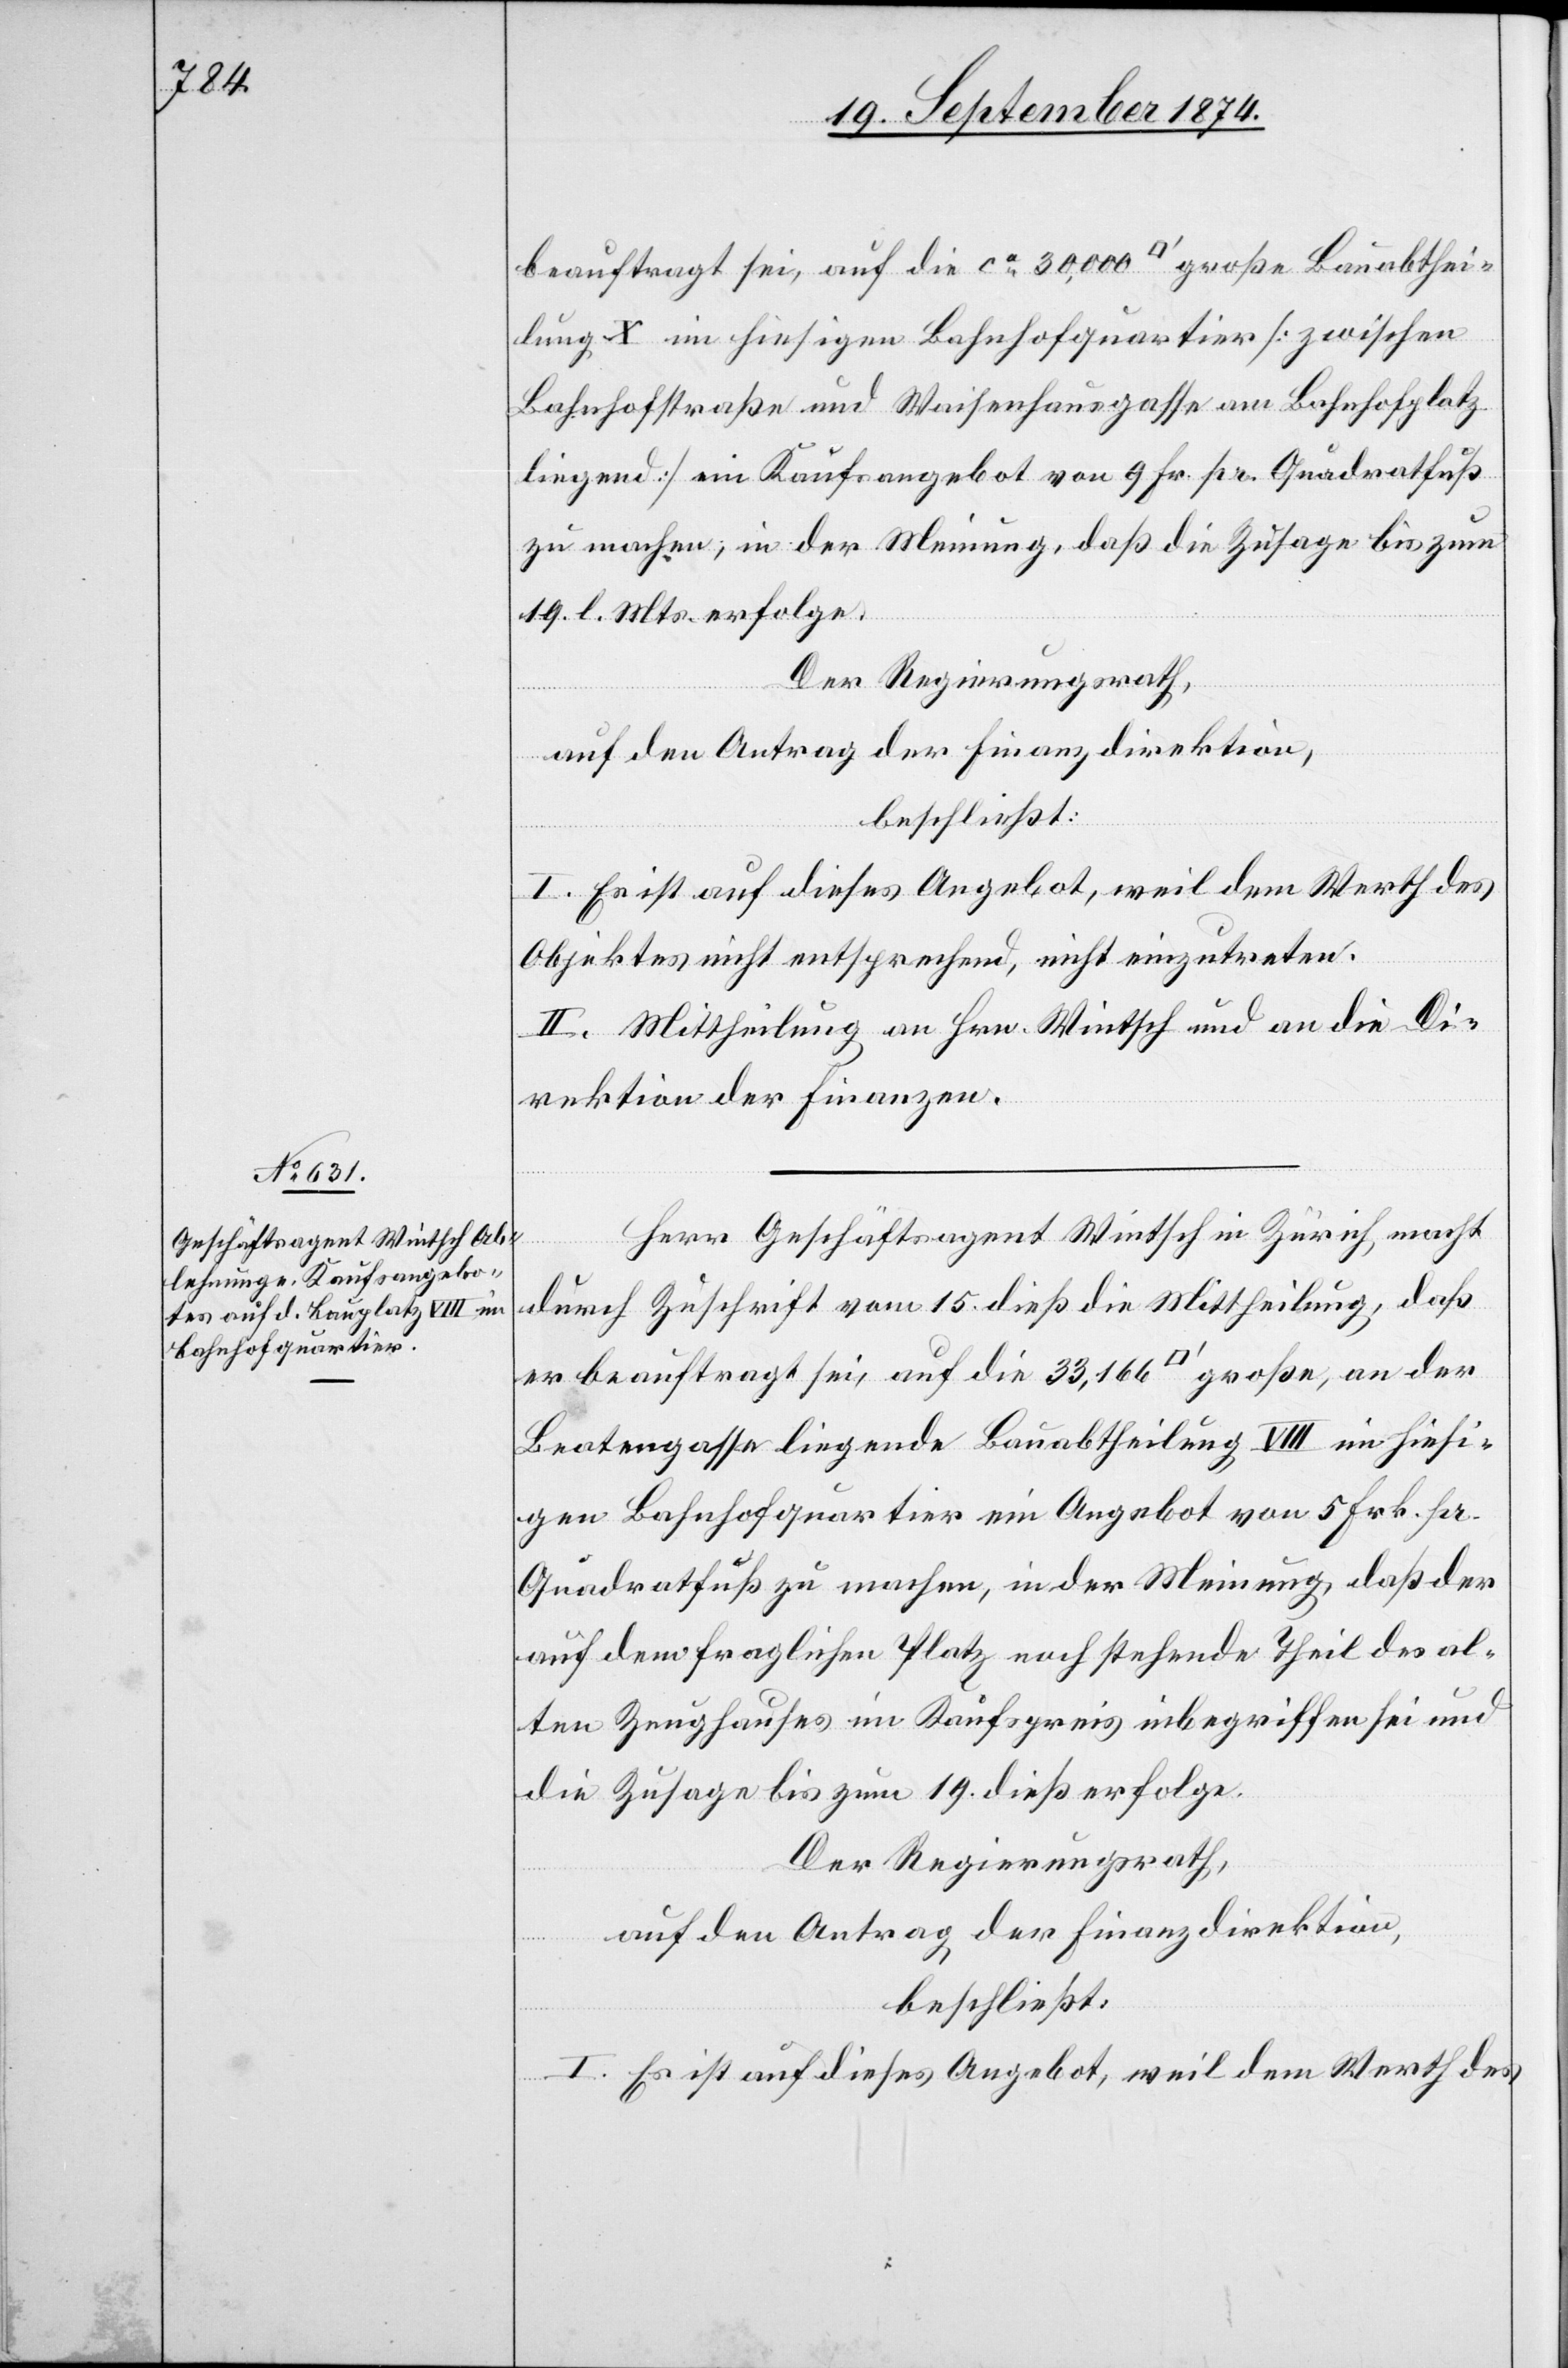
beauftragt sei, auf die ca 30,000 [Quadratfuß] große Bauabthei¬
lung X im hiesigen Bahnhofquartier [zwischen
Bahnhofstraße und Waichenhausgasse am Bahnhofplatz
liegend] ein Kaufsangebot von 9 Fr. pr. Quadratfuß
zu machen, in der Meinung, daß die Zusage bis zum
19. l. Js. erfolge.
Der Regierungsrath,
auf den Antrag der Finanzdirektion,
beschließt:
I. Ist auf dieses Angebot, weil dem Werth des
Objektes nicht entsprechend, nicht einzutreten.
II. Mittheilung an Hrn. Wintsch und an die Di¬
rektion der Finanzen.
Herr Geschäftsagent Wintsch in Zürich, macht
durch Zuschrift vom 15. dieß die Mittheilung, daß
er beauftragt sei, auf die 33,166 [Quadratfuß] große, an der
Beatengasse liegende Bauabtheilung VIII im hiesi¬
gen Bahnhofquartier ein Angebot von 5 Frk. pr.
Quadratfuß zu machen, in der Meinung, daß der
auf dem fraglichen Platz noch stehende Theil des al¬
ten Zeughauses im Kaufspreis inbegriffen sei und
die Zusage bis zum 19. dieß erfolge.
Der Regierungsrath,
auf den Antrag der Finanzdirektion,